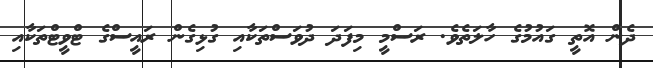
ދެން އޮތީ ގައުމުގެ ހާލަތެވެ. ރަސްމީ މިފަދަ ދުވަސްތަކާއި ގުޅިގެން ރަައީސްގެ ޓްވީޓްތަކާއި